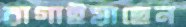
রাগাইয়াছেন